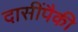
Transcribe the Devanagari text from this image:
दासींपैकी